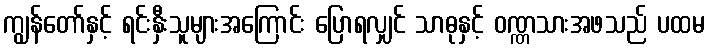
ကျွန်တော်နှင့် ရင်းနှီးသူများအကြောင်း ပြောရလျှင် သာဓုနှင့် ဝဏ္ဏသားအဖသည် ပထမ